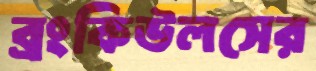
ব্রংকিউলসের